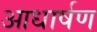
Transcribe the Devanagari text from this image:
आधार्षण